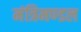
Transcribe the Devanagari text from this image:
मंत्रिमण्‍डल